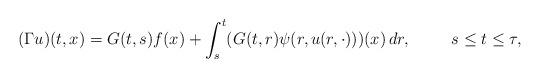
LaTeX: \begin{align*}(\Gamma u)(t,x)= G(t,s)f(x)+\int_s^t (G(t,r)\psi(r, u(r, \cdot)))(x)\, dr,\qquad\;\, s\leq t\leq \tau ,\end{align*}